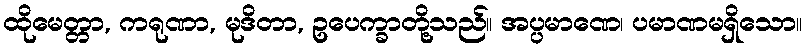
ထိုမေတ္တာ, ကရုဏာ, မုဒိတာ, ဥပေက္ခာတို့သည်။ အပ္ပမာဏေ၊ ပမာဏမရှိသော။